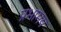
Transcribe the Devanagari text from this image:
प्रभामय